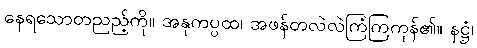
နေရသောတညည့်ကို။ အနုကပ္ပထ၊ အဖန်တလဲလဲကြံကြကုန်၏။ နဋ္ဌံ၊